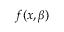
f ( x , \beta )